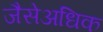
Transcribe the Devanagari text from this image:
जैसेअधिक